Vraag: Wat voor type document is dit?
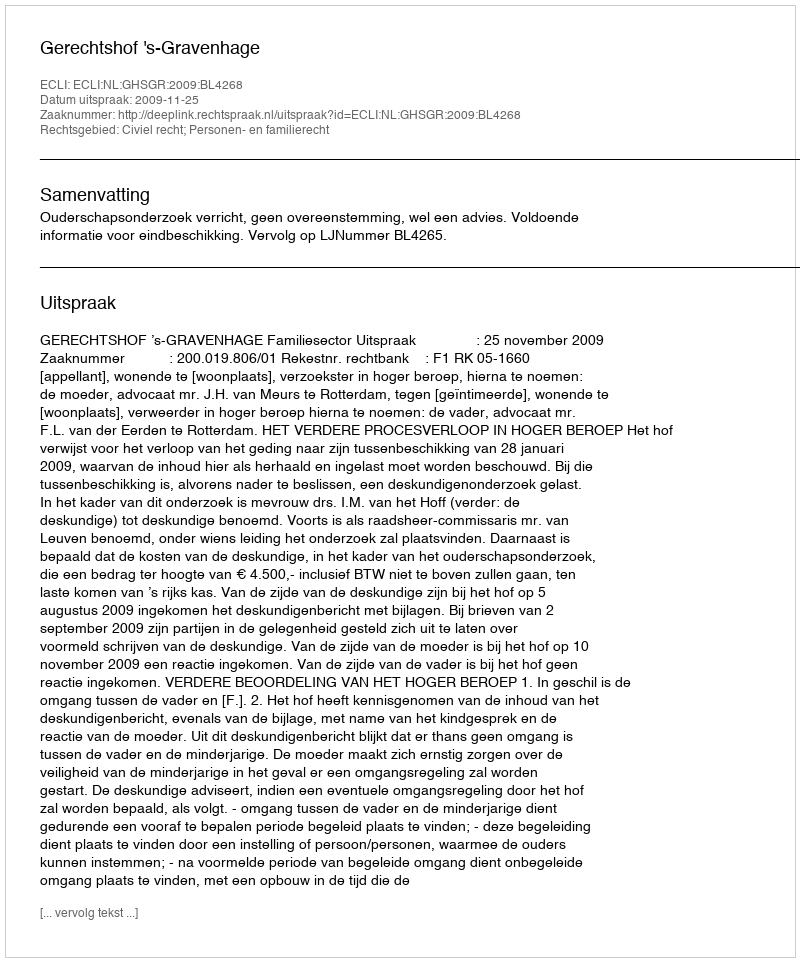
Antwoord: Uitspraak